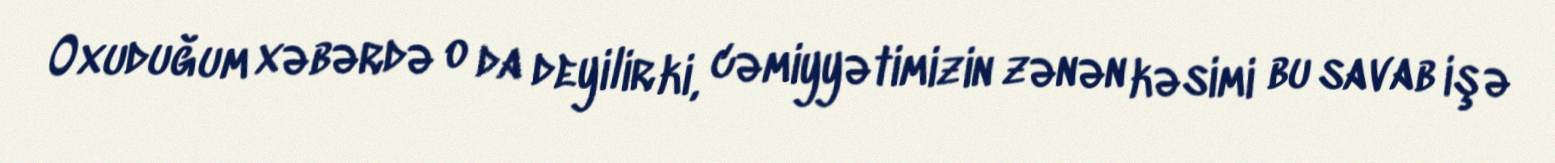
Oxuduğum xəbərdə o da deyilir ki, cəmiyyətimizin zənən kəsimi bu savab işə